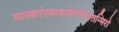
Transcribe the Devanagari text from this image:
भास्करंस्याथयोजनैलतन्मिरो